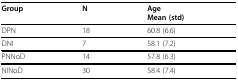
| Group | N | AgeMean (std) |
 | --- | --- | --- |
 | DPN | 18 | 60.8 (6.6) |
 | DNI | 7 | 58.1 (7.2) |
 | PNNoD | 14 | 57.8 (6.3) |
 | NINoD | 30 | 58.4 (7.4) |